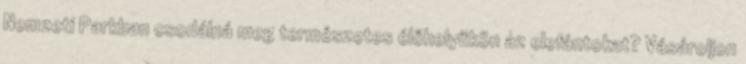
Nemzeti Parkban csodálná meg természetes élőhelyükön az elefántokat? Vásároljon